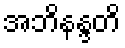
အဘိနန္ဒတိ